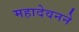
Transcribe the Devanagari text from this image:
महादेवनने